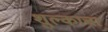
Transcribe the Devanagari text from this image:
शुल्काचा